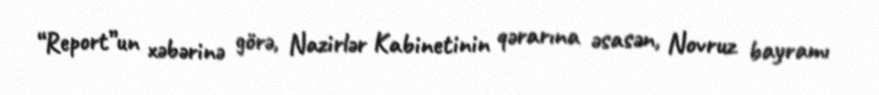
“Report”un xəbərinə görə, Nazirlər Kabinetinin qərarına əsasən, Novruz bayramı